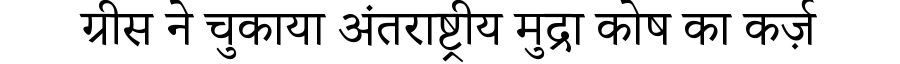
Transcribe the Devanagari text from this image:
ग्रीस ने चुकाया अंतराष्ट्रीय मुद्रा कोष का कर्ज़